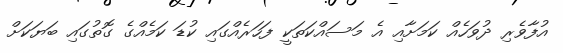
އުފާވެރި ދުވަހެއް ކަމަށާއި އެ މަސައްކަތަކީ ފަހަރެއްގައި ކުޑަ ކަމެއްގެ ގޮތުގައި ބަޔަކަށް